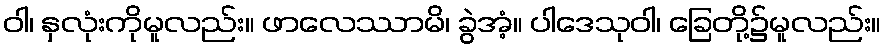
ဝါ၊ နှလုံးကိုမူလည်း။ ဖာလေဿာမိ၊ ခွဲအံ့။ ပါဒေသုဝါ၊ ခြေတို့၌မူလည်း။